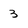
Character: 3